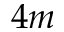
4 m